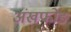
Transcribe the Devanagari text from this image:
अंखफोङ